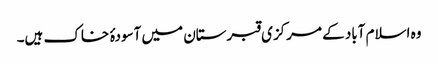
وہ اسلام آباد کے مرکزی قبرستان میں آسودۂ خاک ہیں۔